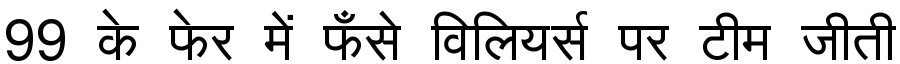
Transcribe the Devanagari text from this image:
99 के फेर में फँसे विलियर्स पर टीम जीती